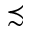
\precsim